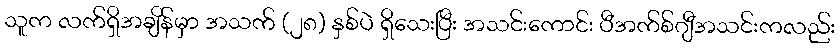
သူက လက်ရှိအချိန်မှာ အသက် (၂၈) နှစ်ပဲ ရှိသေးပြီး အသင်းကောင်း ပီအက်စ်ဂျီအသင်းကလည်း